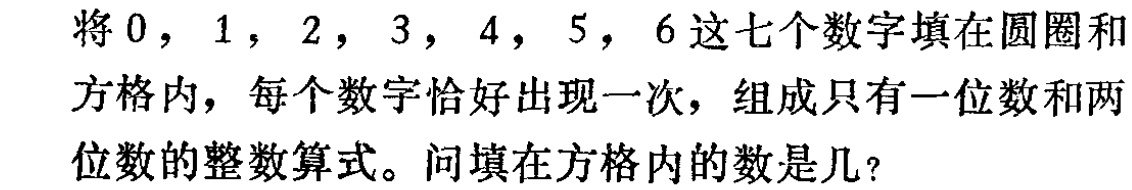
将\(0\)，\(1\)，\(2\)，\(3\)，\(4\)，\(5\)，\(6\)这七个数字填在圆圈和方格内，每个数字恰好出现一次，组成只有一位数和两位数的整数算式。问填在方格内的数是几？